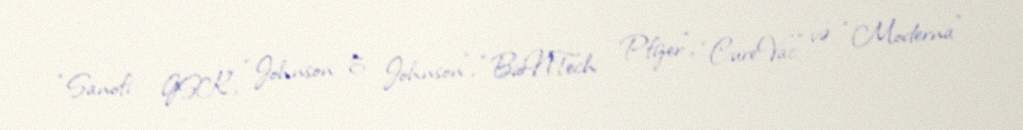
“Sanofi - GSK”, “Johnson & Johnson”, “BioNTech - Pfizer”, “CureVac” və “Moderna”